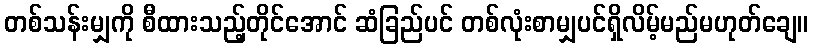
တစ်သန်းမျှကို စီထားသည့်တိုင်အောင် ဆံခြည်ပင် တစ်လုံးစာမျှပင်ရှိလိမ့်မည်မဟုတ်ချေ။